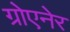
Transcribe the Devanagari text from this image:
ग्रोएनेर